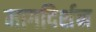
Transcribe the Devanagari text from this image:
मागदिर्शन